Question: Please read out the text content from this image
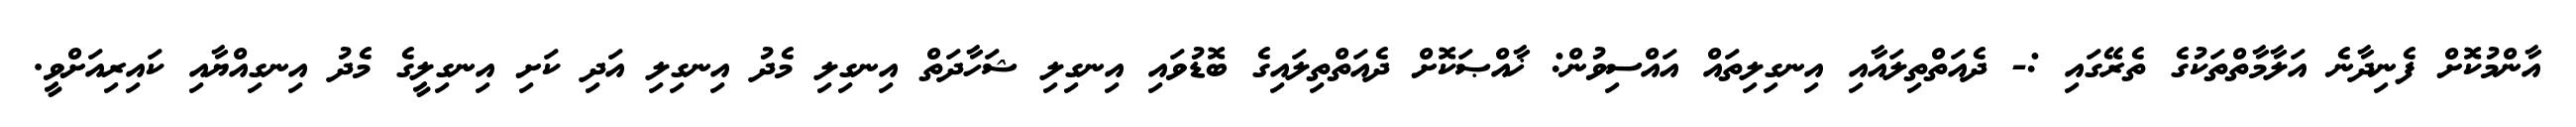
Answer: އާންމުކޮށް ފެނިދާނެ އަލާމާތްތަކުގެ ތެރޭގައި :- ދެއަތްތިލައާއި އިނގިލިތައް އައްސިވުން: ޚާއްޞަކޮށް ދެއަތްތިލައިގެ ބޮޑުވައި އިނގިލި ޝަހާދަތް އިނގިލި މެދު އިނގިލި އަދި ކަށި އިނގިލީގެ މެދު އިނގިއްޔާއި ކައިރިއަށްވީ.